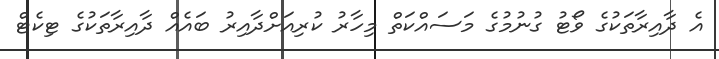
އެ ދާއިރާތަކުގެ ވޯޓު ގުނުމުގެ މަސައްކަތް މިހާރު ކުރިއަށްދާއިރު ބައެއް ދާއިރާތަކުގެ ޓިކެޓް